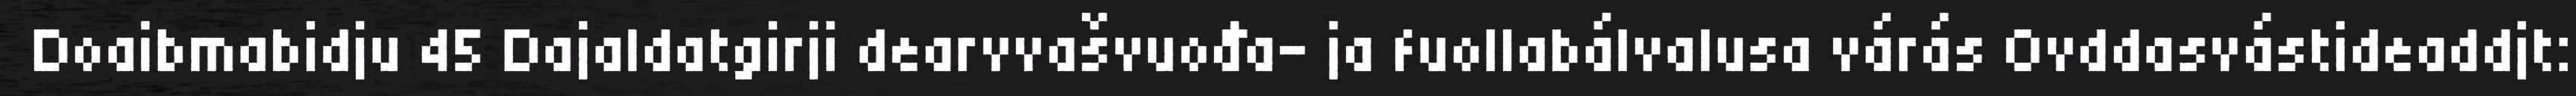
Doaibmabidju 45 Dajaldatgirji dearvvašvuođa- ja fuollabálvalusa várás Ovddasvástideaddjt: